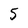
Character: 5